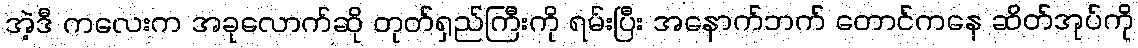
အဲ့ဒီ ကလေးက အခုလောက်ဆို တုတ်ရှည်ကြီးကို ရမ်းပြီး အနောက်ဘက် တောင်ကနေ ဆိတ်အုပ်ကို